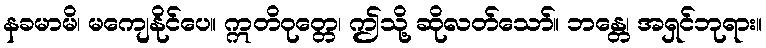
နခမာမိ၊ မကျေနိုင်ပေ။ ဣတိဝုတ္တေ၊ ဤသို့ ဆိုလတ်သော်။ ဘန္တေ၊ အရှင်ဘုရား။